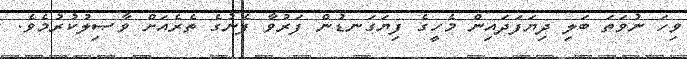
ވިހަ ނުވަތަ ބަލި ދިޔަފަދައިން މެހީގެ ފިޔަގަނޑުން ފަރުވާ ފެނުގެ ތެރެއަށް ވާޞިލުކުރުމެވެ.